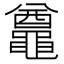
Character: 𪓵